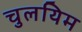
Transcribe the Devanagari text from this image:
चुलयिम